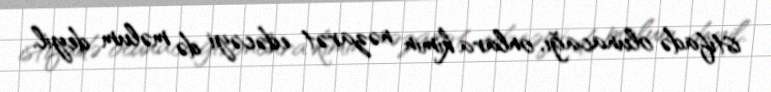
istifadə olunacağı, onlara kimin nəzarət edəcəyi də məlum deyil.